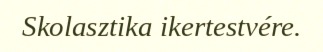
Skolasztika ikertestvére.